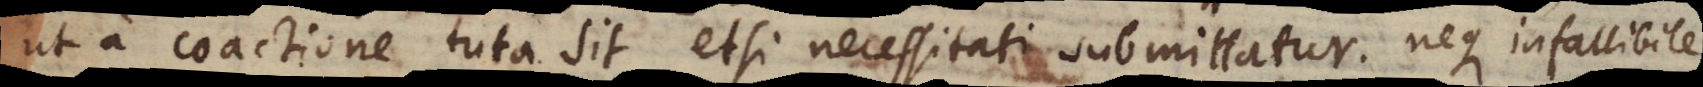
ut a coactione tuta sit, etsi necessitati submittatur; neque infallibile